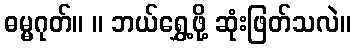
ဓမ္မဂုတ်။ ။ ဘယ်ရွှေ့ဖို့ ဆုံးဖြတ်သလဲ။